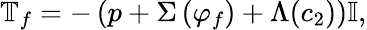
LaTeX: \mathbb{T}_{f}=-\left(p+\Sigma\left(\varphi_{f}\right)+\Lambda(c_{2})\right)\mathbb{I},